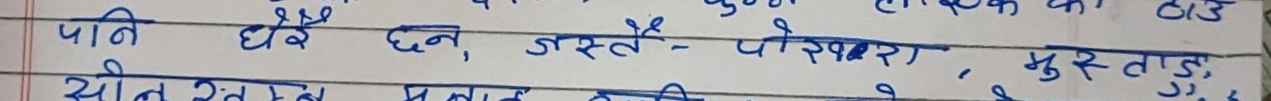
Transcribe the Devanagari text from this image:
पनि धेरै छन्, जस्तै - पोखरा, मुस्ताङ
सीप सँगै